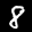
Label: 8